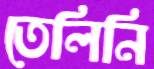
তেলিনি